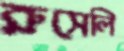
রুসেলি